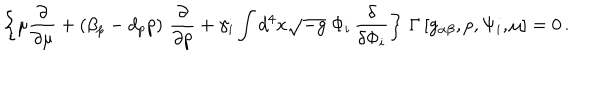
LaTeX: \left\{ \mu \frac { \partial } { \partial \mu } + \left( \beta _ { p } - d _ { p } p \right) \, \frac { \partial } { \partial p } + \gamma _ { i } \int d ^ { 4 } x \sqrt { - g } \; \Phi _ { i } \, \frac { \delta } { \delta \Phi _ { i } } \right\} \, \Gamma \left[ g _ { \alpha \beta } , p , \Psi _ { i } , \mu \right] = 0 \, .